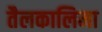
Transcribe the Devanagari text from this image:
तैलकालिमा